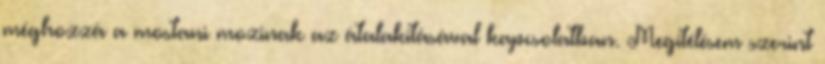
méghozzá a mostani mozinak az átalakításával kapcsolatban. Megítélésem szerint